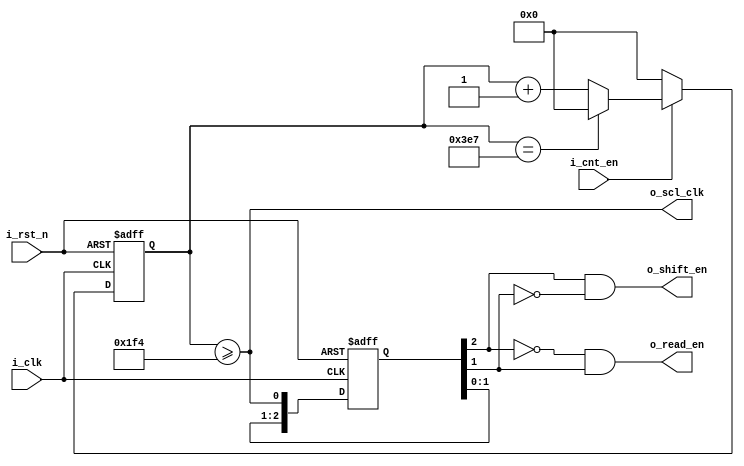
module scl_gen (
    input i_clk,
    input i_rst_n,
    input i_cnt_en, 

    output o_scl_clk,
    output o_read_en,
    output o_shift_en //
);

parameter DIVIDER = 1000;
parameter WIDTH = $clog2(DIVIDER);

reg [WIDTH - 1:0] r_div_cnt;

reg [2:0] r_edge_detect;

wire w_of = (r_div_cnt == DIVIDER - 1);

assign o_scl_clk  = (r_div_cnt >= (DIVIDER / 2));
assign o_shift_en =  r_edge_detect[2] & ~r_edge_detect[1];
assign o_read_en  = ~r_edge_detect[2] & r_edge_detect[1];

always @(posedge i_clk, negedge i_rst_n) begin
    if (~i_rst_n)
        r_div_cnt <= 'b0;
    else if (~i_cnt_en)
        r_div_cnt <= 'b0;
    else if (w_of)
        r_div_cnt <= 'b0;
    else
        r_div_cnt <= r_div_cnt + 1'b1;
end

always @(posedge i_clk, negedge i_rst_n) begin
    if (~i_rst_n)
        r_edge_detect <= 3'b000;
    else
        r_edge_detect <= {r_edge_detect[1:0], o_scl_clk};
end
    
endmodule